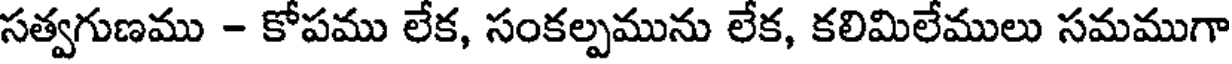
సత్వగుణము - కోపము లేక, సంకల్పమును లేక, కలిమిలేములు సమముగా